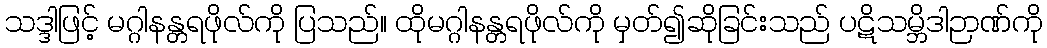
သဒ္ဒါဖြင့် မဂ္ဂါနန္တရဖိုလ်ကို ပြသည်။ ထိုမဂ္ဂါနန္တရဖိုလ်ကို မှတ်၍ဆိုခြင်းသည် ပဋိသမ္ဘိဒါဉာဏ်ကို